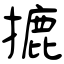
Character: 摝